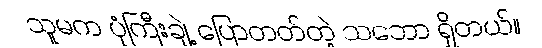
သူမက ပုံကြီးချဲ့ ပြောတတ်တဲ့ သဘော ရှိတယ်။